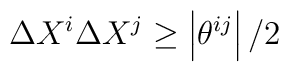
\Delta X^{i}\Delta X^{j}\geq\left|  \theta^{ij}\right|  /2